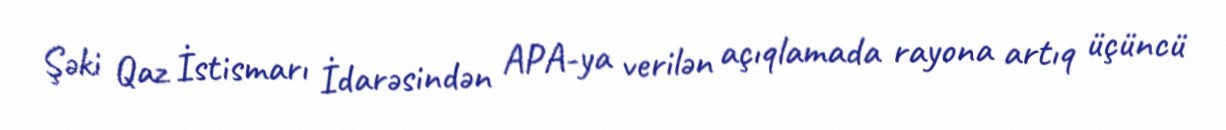
Şəki Qaz İstismarı İdarəsindən APA-ya verilən açıqlamada rayona artıq üçüncü